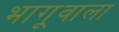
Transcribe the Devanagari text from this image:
भागूवाला